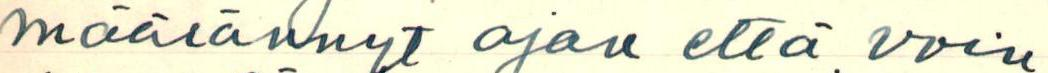
määrännyt ajan että voin